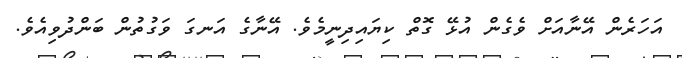
އަހަރެން އޭނާއަށް ވެގެން އުޅޭ ގޮތް ކިޔައިދިނީމެވެ. އޭނާގެ އަނގަ ވަގުތުން ބަންދުވިއެވެ.